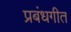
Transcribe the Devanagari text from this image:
प्रबंधगीत